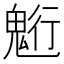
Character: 䰢